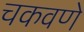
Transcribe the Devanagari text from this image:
चकवणे